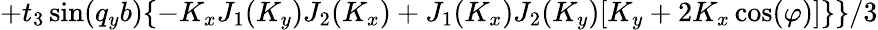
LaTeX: +t_{3}\sin(q_{y}b)\{ -K_{x}J_{1}(K_{y})J_{2}(K_{x})+J_{1}(K_{x})J_{2}(K_{y})[K_{y}+2K_{x}\cos(\varphi)]\} \} /3